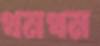
থমথম